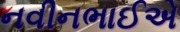
નવીનભાઈએ